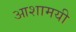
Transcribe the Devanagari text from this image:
आशामयी